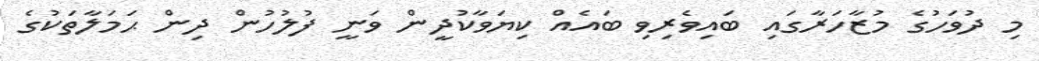
މި ދުވަހުގެ މުޒާހަރާގައި ބައިވެރިވި ބައެއް ކިޔަވާކުދީން ވަނީ ފުލުހުން ދިން ޙަމަލާތަކުގެ